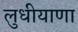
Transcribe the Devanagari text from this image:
लुधीयाणा